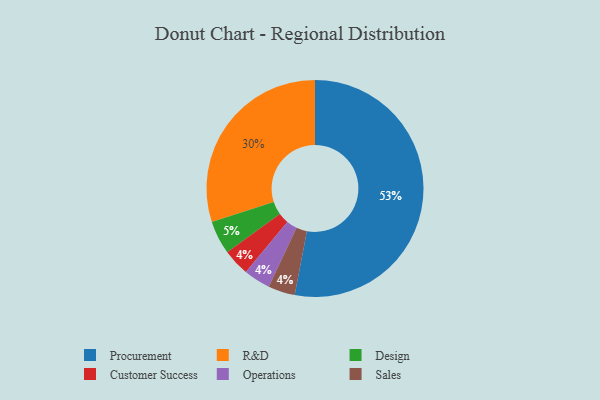
{"axis": {"x": "Category", "y": "Percentage"}, "legend": ["Customer Success", "Design", "Operations", "Procurement", "R&D", "Sales"], "data": [{"x": "Procurement", "y": 53, "type": "Procurement"}, {"x": "Customer Success", "y": 4, "type": "Customer Success"}, {"x": "Operations", "y": 4, "type": "Operations"}, {"x": "Design", "y": 5, "type": "Design"}, {"x": "Sales", "y": 4, "type": "Sales"}, {"x": "R&D", "y": 30, "type": "R&D"}]}